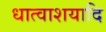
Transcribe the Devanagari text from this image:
धात्वाशयादि